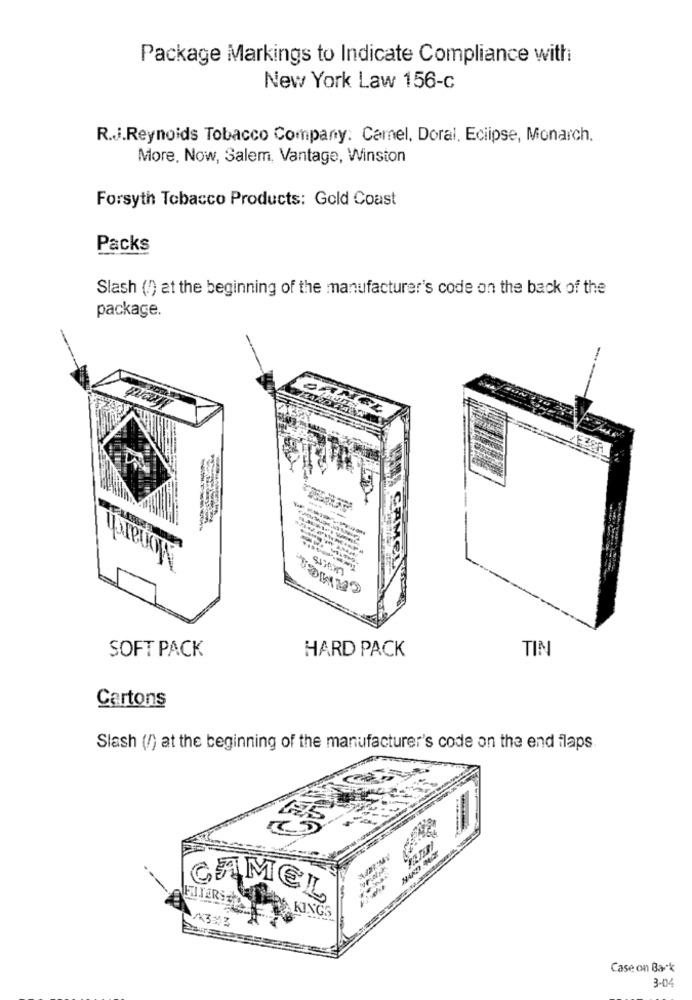
Package Markings to Indicate Compliance with
New York Law 156-c
R.J.Reynolds Tobacco Company: Camel, Doral. Eclipse, Monarch.
More, Now, Salem, Vantage, Winston
Forsyth Tobacco Products: Gold Coast
Packs
Slash (!) at the beginning of the manufacturer's code on the back of the
package.
CAM
SOFT PACK
HARD PACK
TIN
Cartons
Slash (/) at the beginning of the manufacturer's code on the end flaps
TESTER!
CAMEL
KINGS
Case on Back
3-04